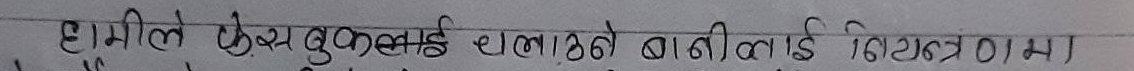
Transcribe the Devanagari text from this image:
हामीले फेसबुकलाई धूलाइको बानीलाई नियन्त्रणमा